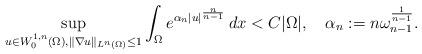
LaTeX: \begin{align*}\sup_{u\in W^{1,n}_0(\Omega),\|\nabla u\|_{L^n(\Omega)}\leq 1}\int_\Omega e^{\alpha_n|u|^{\frac{n}{n-1}}}\, dx<C|\Omega|, \quad\alpha_n:=n\omega_{n-1}^{\frac{1}{n-1}}.\end{align*}